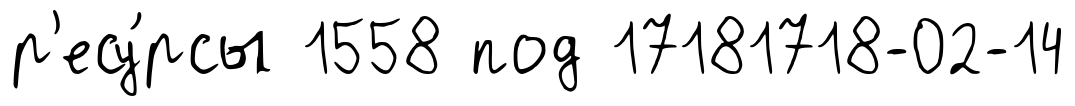
р'есу́рсы 1558 под 17181718-02-14